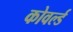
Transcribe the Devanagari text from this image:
कोवर्ल्ड